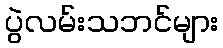
ပွဲလမ်းသဘင်များ